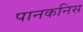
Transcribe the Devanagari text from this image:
पानकनिस